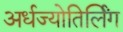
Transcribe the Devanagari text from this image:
अर्धज्योतिर्लिंग